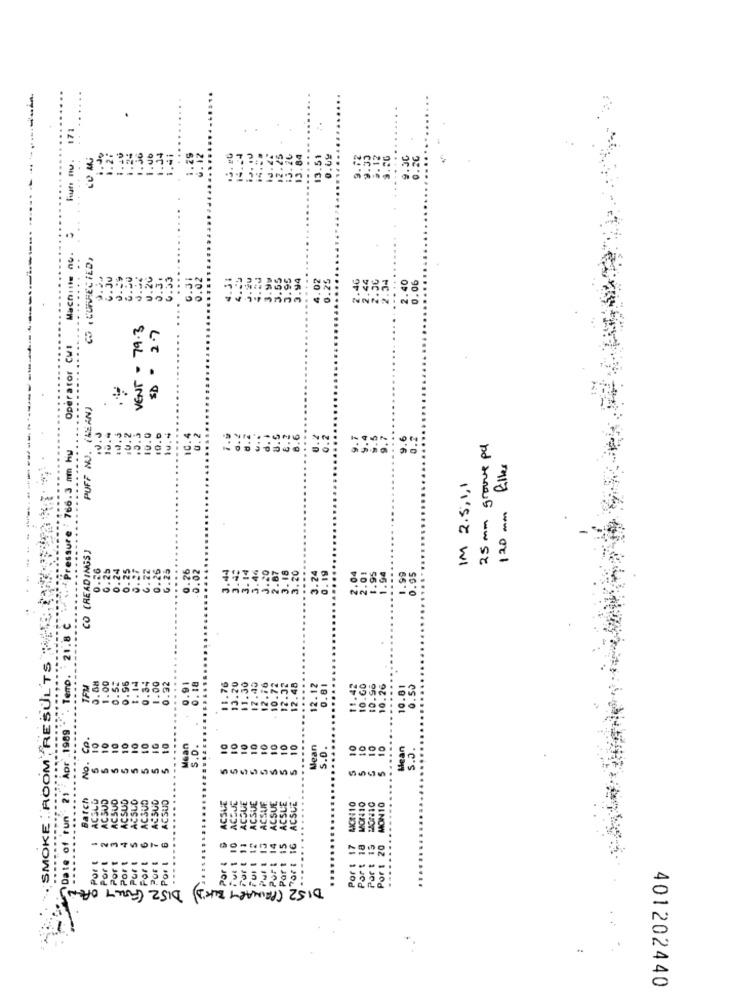
171
14.24
.84
....
13.51
0.09
9.36
..
CO . CORRECTED,
.20
0.93
c.31
0.02
4.31
J.20
4.20
3. 97
3.55
3.95
.94
4.02
0.25
2.46
2.44
2.90
.34
....
Machist
2.40
0.06
VENT - 79.3
SD = 2.7
Operator Cw!
PUFF NO. (MEAN)
....
10.
10.0
....
10.4
.5
....
0.7
Pressure : 766.3 mm hy
25 mm grave pu
120 mm filles
IM 2.5, 1,1
CO (READINGS)
0.26
.25
0.24
0.25
0.26
6.25
....
....
.44
3.42
46
20
0. 19
3.24
2.04
.01
1.95
1.94
1.99
0.55
6.
21.8 C
SMOKE . ROOM" RESUL'TS
Temp.
0.18
13.20
TFM
0.68
96
0.34
.00
0.92
11.76
11.30
2.45
12.16
10.72
12.32
12.48
.....
12. 12
0.81
10 . 60
10.98
10.26
.....
10.81
0.50
385
...
-00
Date of run - 21 . Apr .. 1989
10
CO.
10
10
10
10
10
10
Mean
S.D.
10
10
10
10
10
10
10
10
Mean
5.D.
10
$ 10
10
10
Mean
S.a.
No.
5
5
5
5
...
SMOKE .. RO
atch
ACSUD
ACSUD
ACSUD
ACSLO
AC3UD
ACSUD
ACSUO
ACSUE
10 ACCUE
ACQUE
ACQUE
ACSUE
MOT: 10
ACSUE
ACSLE
ACSUE
MCR10
MON10
.....
17
2
S
-
Por
Por &
Part
Por t
--------
Por
of
DIS2 ( PRIMARY BLK'D) DISZ ( FULLY OPEN)
401202440